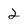
Character: 2